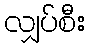
လျှပ်စီး